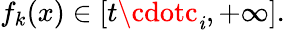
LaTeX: f_{k}(x)\in[t\cdotc_{\mathit{i}},+\infty].